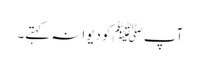
آپ ﷺکو دیوانہ کہتے۔